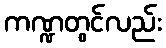
ကဏ္ဍတွင်လည်း